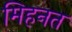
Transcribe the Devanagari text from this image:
मिहनत